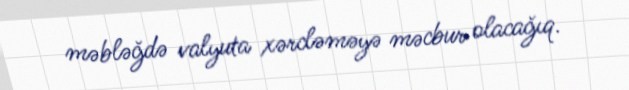
məbləğdə valyuta xərcləməyə məcbur olacağıq.